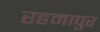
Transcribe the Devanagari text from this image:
रहमापुर